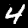
Digit: 4